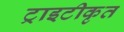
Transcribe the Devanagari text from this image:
ट्राइटीकृत